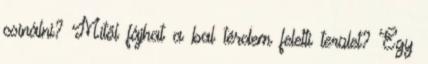
csinálni? Mitől fájhat a bal térdem feletti terület? Egy